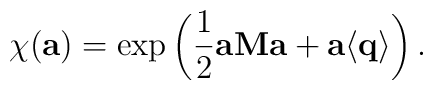
\chi ({\bf a})=\exp\left(\frac 12{\bf a}{\bf M}{\bf a}+{\bf a}\langle {\bf q}\rangle\right).